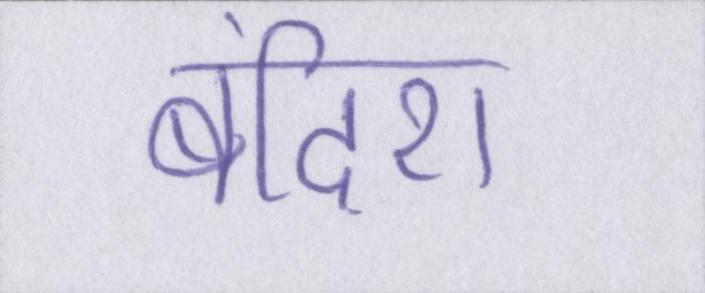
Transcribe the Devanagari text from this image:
बंदिश